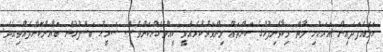
ހަމައެފަދައިން އަރަހުށި މާތް މިކާވެނިފުޅުގެ ކަންތައް މިންވަރުކުރެއްވީ ކީއްވެގެންކަންވެސް ޞަރީޙު ބަސްފުޅުން ބަޔާންކޮށްދެއްވިއެވެ.